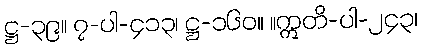
ဋ္ဌ-၃၉။ ၇-ပါ-၄၁၃၊ ဋ္ဌ-၁၆၀။ ။ဣတိ-ပါ-၂၄၃၊